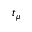
t _ { \mu }